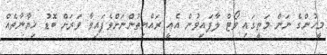
މީހުންގެ ނަން މަތީގައި ވޯޓް ލާފައިވުން އެއީ ރައްޔިތުންނަށްވެފައިވާ ވަރަށް ބޮޑު ޚިޔާނާތެއް